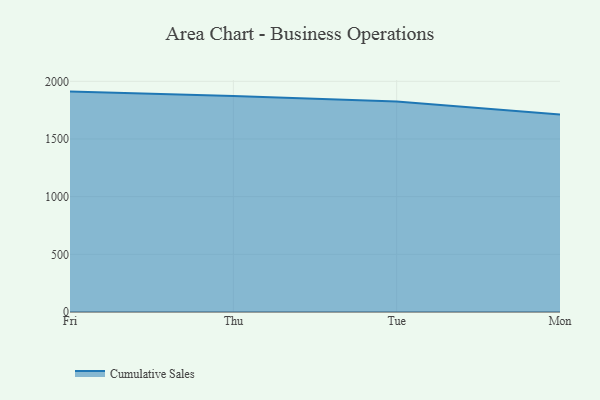
{"axis": {"x": "Day", "y": "Production Output"}, "legend": ["Cumulative Sales"], "data": [{"x": "Fri", "y": 1910.7, "type": "Cumulative Sales"}, {"x": "Thu", "y": 1873.3, "type": "Cumulative Sales"}, {"x": "Tue", "y": 1825.6, "type": "Cumulative Sales"}, {"x": "Mon", "y": 1711.7, "type": "Cumulative Sales"}]}